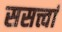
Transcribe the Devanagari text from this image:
ससत्त्वां